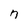
Character: n